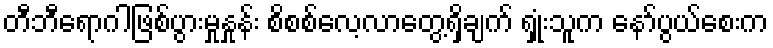
တီဘီရောဂါဖြစ်ပွားမှုနှုန်း စိစစ်လေ့လာတွေ့ရှိချက် ရှုံးသူက နော်ပွယ်စေးက